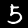
Digit: 5